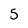
Character: 5